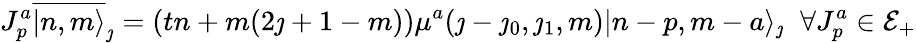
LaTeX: J_{p}^{a}\overline{{{|n,m\rangle}}}_{\jmath}=\left(tn+m(2\jmath+1-m)\right)\mu^{a}(\jmath-\jmath_{0},\jmath_{1},m)|n-p,m-a\rangle_{\jmath}\; \; \forall J_{p}^{a}\in{\cal E}_{+}